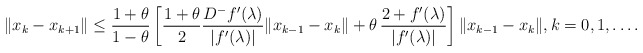
\begin{align*}\|x_k-x_{k+1}\|\leq \frac{1+\theta}{1-\theta} \left[ \frac{1+\theta}{2}\frac{D^{-}f'(\lambda)}{|f'(\lambda)|}\|x_{k-1}-x_k\| +\theta\,\frac{2+f'(\lambda)}{|f'(\lambda)|}\right]\|x_{k-1}-x_k\|, k= 0,1, \ldots .\end{align*}